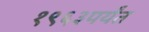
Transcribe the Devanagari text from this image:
१९६३पर्यंत